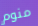
منوم